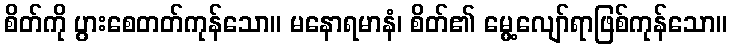
စိတ်ကို ပွားစေတတ်ကုန်သော။ မနောရမာနံ၊ စိတ်၏ မွေ့လျော်ရာဖြစ်ကုန်သော။